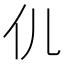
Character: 𮯴